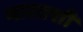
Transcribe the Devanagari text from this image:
भारतशी